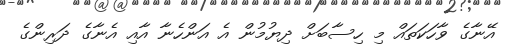
އޭނާގެ ވާހަކަތައް މި ހިސާބަށް ދިޔުމުން އެ އަންހެނާ އާއި އެނާގެ ދަރިންގެ